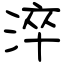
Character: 淬